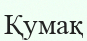
Қумақ